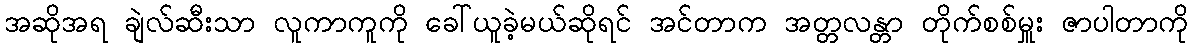
အဆိုအရ ချဲလ်ဆီးသာ လူကာကူကို ခေါ်ယူခဲ့မယ်ဆိုရင် အင်တာက အတ္တလန္တာ တိုက်စစ်မှူး ဇာပါတာကို